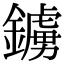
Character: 鐪